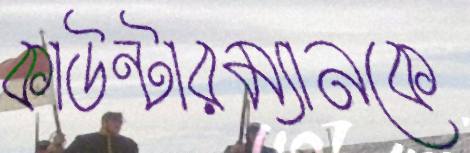
কাউন্টারম্যানকে